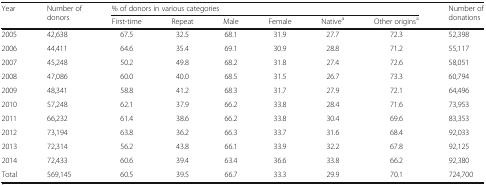
<table><thead><tr><td><b>Year</b></td><td rowspan="2"><b>Number of donors</b></td><td colspan="6"><b>% of donors in various categories</b></td><td rowspan="2"><b>Number of donations</b></td></tr><tr><td></td><td><b>First-time</b></td><td><b>Repeat</b></td><td><b>Male</b></td><td><b>Female</b></td><td><b>Native<sup>a</sup></b></td><td><b>Other origins<sup>a</sup></b></td></tr></thead><tbody><tr><td>2005</td><td>42,638</td><td>67.5</td><td>32.5</td><td>68.1</td><td>31.9</td><td>27.7</td><td>72.3</td><td>52,398</td></tr><tr><td>2006</td><td>44,411</td><td>64.6</td><td>35.4</td><td>69.1</td><td>30.9</td><td>28.8</td><td>71.2</td><td>55,117</td></tr><tr><td>2007</td><td>45,248</td><td>50.2</td><td>49.8</td><td>68.2</td><td>31.8</td><td>27.4</td><td>72.6</td><td>58,051</td></tr><tr><td>2008</td><td>47,086</td><td>60.0</td><td>40.0</td><td>68.5</td><td>31.5</td><td>26.7</td><td>73.3</td><td>60,794</td></tr><tr><td>2009</td><td>48,341</td><td>58.8</td><td>41.2</td><td>68.3</td><td>31.7</td><td>27.9</td><td>72.1</td><td>64,496</td></tr><tr><td>2010</td><td>57,248</td><td>62.1</td><td>37.9</td><td>66.2</td><td>33.8</td><td>28.4</td><td>71.6</td><td>73,953</td></tr><tr><td>2011</td><td>66,232</td><td>61.4</td><td>38.6</td><td>66.2</td><td>33.8</td><td>30.4</td><td>69.6</td><td>83,353</td></tr><tr><td>2012</td><td>73,194</td><td>63.8</td><td>36.2</td><td>66.3</td><td>33.7</td><td>31.6</td><td>68.4</td><td>92,033</td></tr><tr><td>2013</td><td>72,314</td><td>56.2</td><td>43.8</td><td>66.1</td><td>33.9</td><td>32.2</td><td>67.8</td><td>92,125</td></tr><tr><td>2014</td><td>72,433</td><td>60.6</td><td>39.4</td><td>63.4</td><td>36.6</td><td>33.8</td><td>66.2</td><td>92,380</td></tr><tr><td>Total</td><td>569,145</td><td>60.5</td><td>39.5</td><td>66.7</td><td>33.3</td><td>29.9</td><td>70.1</td><td>724,700</td></tr></tbody></table>